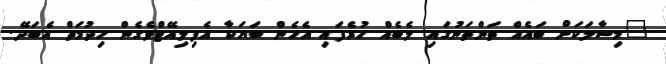
"މިސާލަކަށް ބައެއް ތަންތަނުގައި ލެބެއް ހުރެފައި އެހެން ބަޔަކާ އެފިލިއޭޓްވެގެން ހިދުމަތް އެބަދޭ.